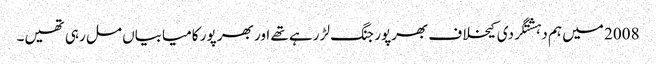
2008 میں ہم دہشتگردی کیخلاف بھرپور جنگ لڑ رہے تھے اور بھر پور کامیابیاں مل رہی تھیں۔